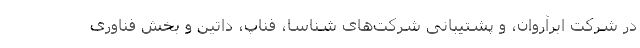
در شركت ابرآروان، و پشتیبانی شركت‌های شناسا، فناپ، داتین و بخش فناوری